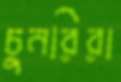
চুনরিরা